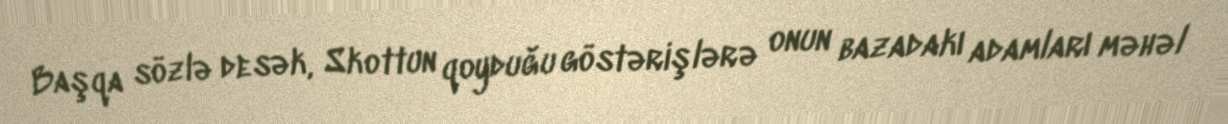
Başqa sözlə desək, Skottun qoyduğu göstərişlərə onun bazadakı adamları məhəl